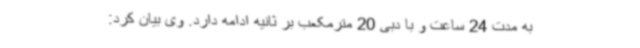
به مدت 24 ساعت و با دبی 20 مترمکعب بر ثانیه ادامه دارد. وی بیان کرد: